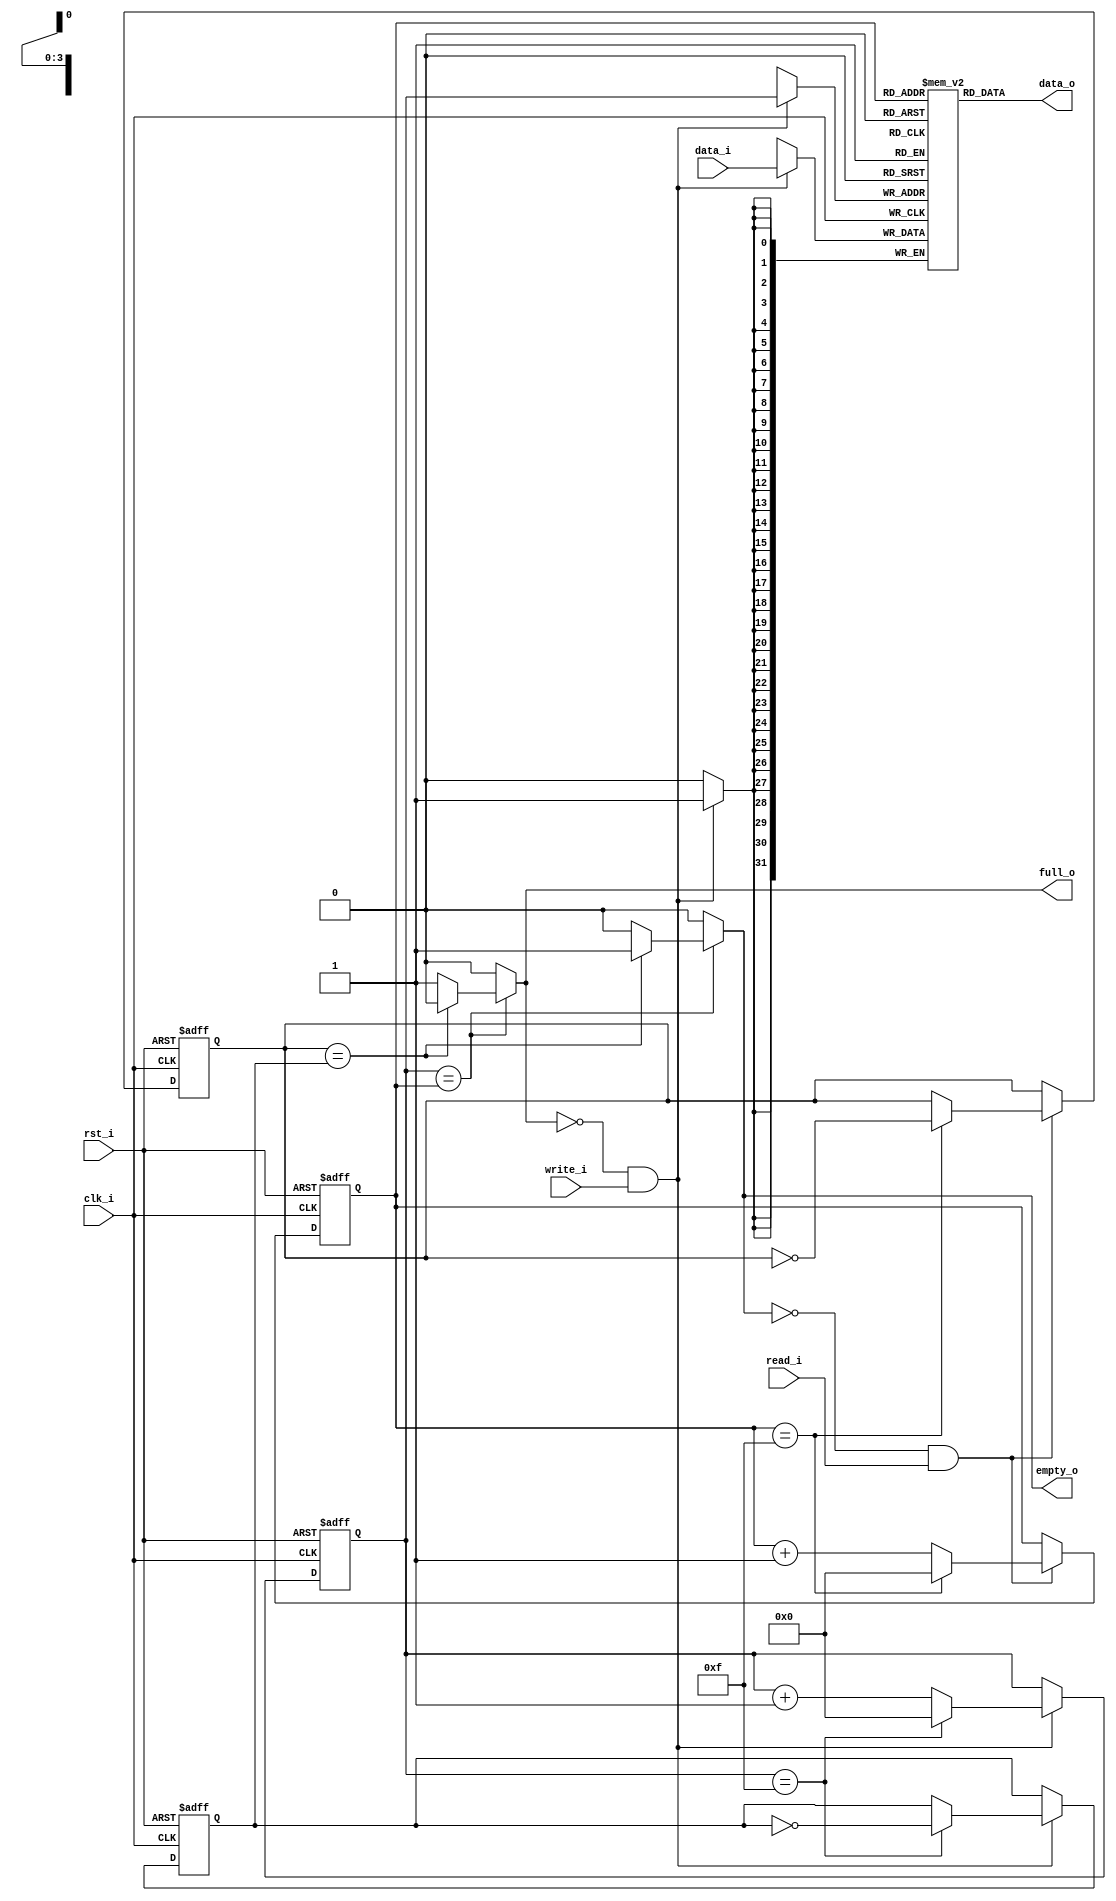
/****************************************************************************
 *   Copyright (c) 2023 Wenxu Cao
 *  
 *   Institution:      UESTC
 *   Version:          1.0
 *
 *   Description:      This is a synchronous FIFO.
 *
 *   Annotation:       This FIFO can be configured as standard mode or FWFT 
 *                     mode. The depth can be configured as any value.
 *
*****************************************************************************/

module fifo #(
    parameter   width                   = 32,
    parameter   depth                   = 16,
    parameter   depth_LOG               = 4,
    parameter   FWFT                    = 1 //1:First Word Fall Through, 0:Standard
)(
    input   wire                        clk_i,
    input   wire                        rst_i,

    input   wire                        read_i, 
    input   wire                        write_i,
    output  reg                         full_o, 
    output  reg                         empty_o,

    input   wire    [width-1 : 0]       data_i,
    output  wire    [width-1 : 0]       data_o
);

reg [width-1 : 0] data_o_std;
reg [width-1 : 0] mem [depth-1 : 0];
reg [depth_LOG-1 : 0] wp, rp;
reg w_flag, r_flag;

always@(posedge clk_i or posedge rst_i) 
begin
    if(rst_i) 
    begin
        wp <= 0;
        w_flag <= 0;
    end 
    else if(~full_o & write_i) 
    begin 
        wp <= (wp==depth-1) ? 'b0 : wp+1;
        w_flag <= (wp==depth-1) ? ~w_flag : w_flag;
    end
end

always@(posedge clk_i) 
begin
    if(~full_o & write_i)
    begin
        mem[wp] <= data_i;
    end
end

always@(posedge clk_i or posedge rst_i) 
begin
    if(rst_i) 
    begin
        rp <= 0;
        r_flag <= 0;
    end 
    else if(~empty_o & read_i) 
    begin 
        rp <= (rp==depth-1) ? 'b0 : rp+1;
        r_flag <= (rp==depth-1) ? ~r_flag : r_flag;
    end
end

always@(posedge clk_i or posedge rst_i)
begin
    if(rst_i) data_o_std <= 0;
    else
    begin
        if(~empty_o & read_i)
            data_o_std <= mem[rp];
    end
end

always@(*) 
begin
    if(wp==rp)
    begin
        if(r_flag==w_flag)
        begin
            full_o = 0;
            empty_o = 1;
        end 
        else 
        begin
            full_o = 1;
            empty_o = 0;
        end
    end 
    else 
    begin
        full_o = 0;
        empty_o = 0;
    end
end

generate if(FWFT == 0) begin: FWFT_MODE
    assign data_o = data_o_std;
end else begin: STANDARD_MOD
    assign data_o = mem[rp];
end endgenerate

endmodule